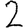
Digit: 2